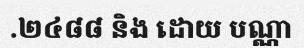
.២៤៨៨ និង ដោយ បណ្ណា